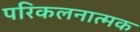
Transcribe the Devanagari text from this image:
परिकलनात्मक